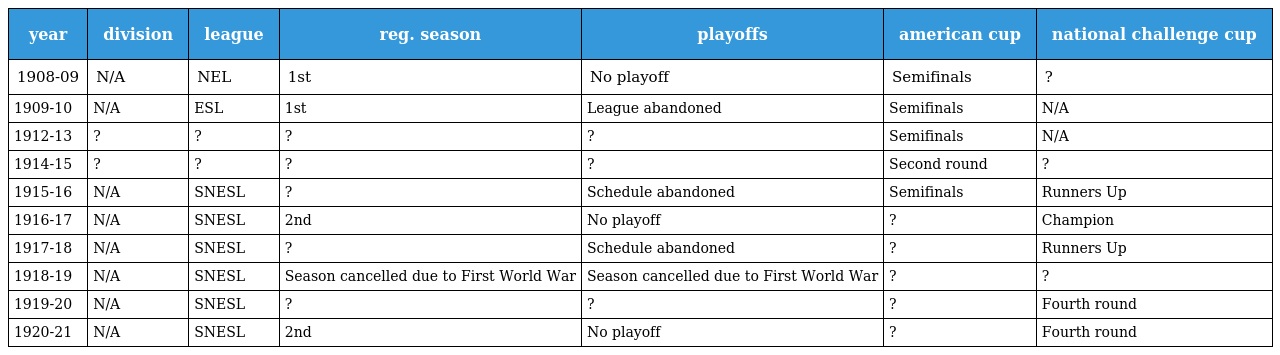
| year | division | league | reg. season | playoffs | american cup | national challenge cup |
 | --- | --- | --- | --- | --- | --- | --- |
 | 1908-09 | N/A | NEL | 1st | No playoff | Semifinals | ? |
 | 1909-10 | N/A | ESL | 1st | League abandoned | Semifinals | N/A |
 | 1912-13 | ? | ? | ? | ? | Semifinals | N/A |
 | 1914-15 | ? | ? | ? | ? | Second round | ? |
 | 1915-16 | N/A | SNESL | ? | Schedule abandoned | Semifinals | Runners Up |
 | 1916-17 | N/A | SNESL | 2nd | No playoff | ? | Champion |
 | 1917-18 | N/A | SNESL | ? | Schedule abandoned | ? | Runners Up |
 | 1918-19 | N/A | SNESL | Season cancelled due to First World War | Season cancelled due to First World War | ? | ? |
 | 1919-20 | N/A | SNESL | ? | ? | ? | Fourth round |
 | 1920-21 | N/A | SNESL | 2nd | No playoff | ? | Fourth round |